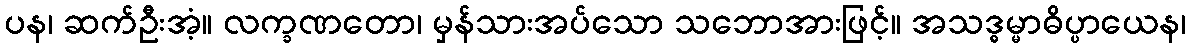
ပန၊ ဆက်ဦးအံ့။ လက္ခဏတော၊ မှန်သားအပ်သော သဘောအားဖြင့်။ အသဒ္ဓမ္မာဓိပ္ပာယေန၊